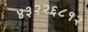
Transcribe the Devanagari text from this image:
४३२२६८१२